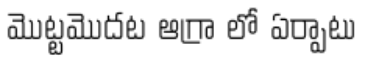
మొట్టమొదట ఆగ్రా లో ఏర్పాటు